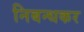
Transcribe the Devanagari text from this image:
निबन्धकर